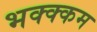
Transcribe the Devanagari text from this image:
भक्‍क्‍कम